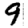
Digit: 9